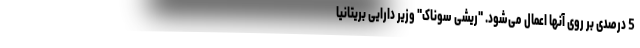
5 درصدی بر روی آنها اعمال می‌شود. "ریشی سوناک" وزیر دارایی بریتانیا